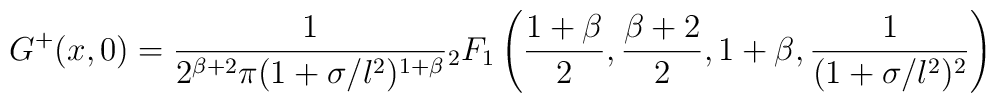
G^+(x,0) = \frac{1}{2^{\beta+2}\pi (1+\sigma /l^2)^{1+\beta}} {}_2 F_1\left( \frac{1+\beta}{2},\frac{\beta+2}{2},1+\beta, \frac{1}{(1+\sigma /l^2)^2}\right)